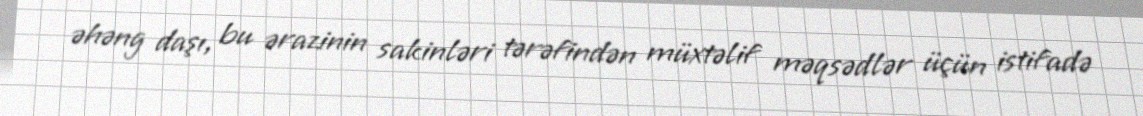
əhəng daşı, bu ərazinin sakinləri tərəfindən müxtəlif məqsədlər üçün istifadə